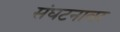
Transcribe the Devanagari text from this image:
संघटनावर